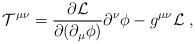
LaTeX: \begin{align*}{\cal T}^{\mu\nu}= \frac{\partial {\cal L}}{\partial (\partial_\mu\phi)} \partial^\nu \phi - g^{\mu\nu} {\cal L} \; ,\end{align*}